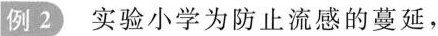
例2)实验小学为防止流感的蔓延，